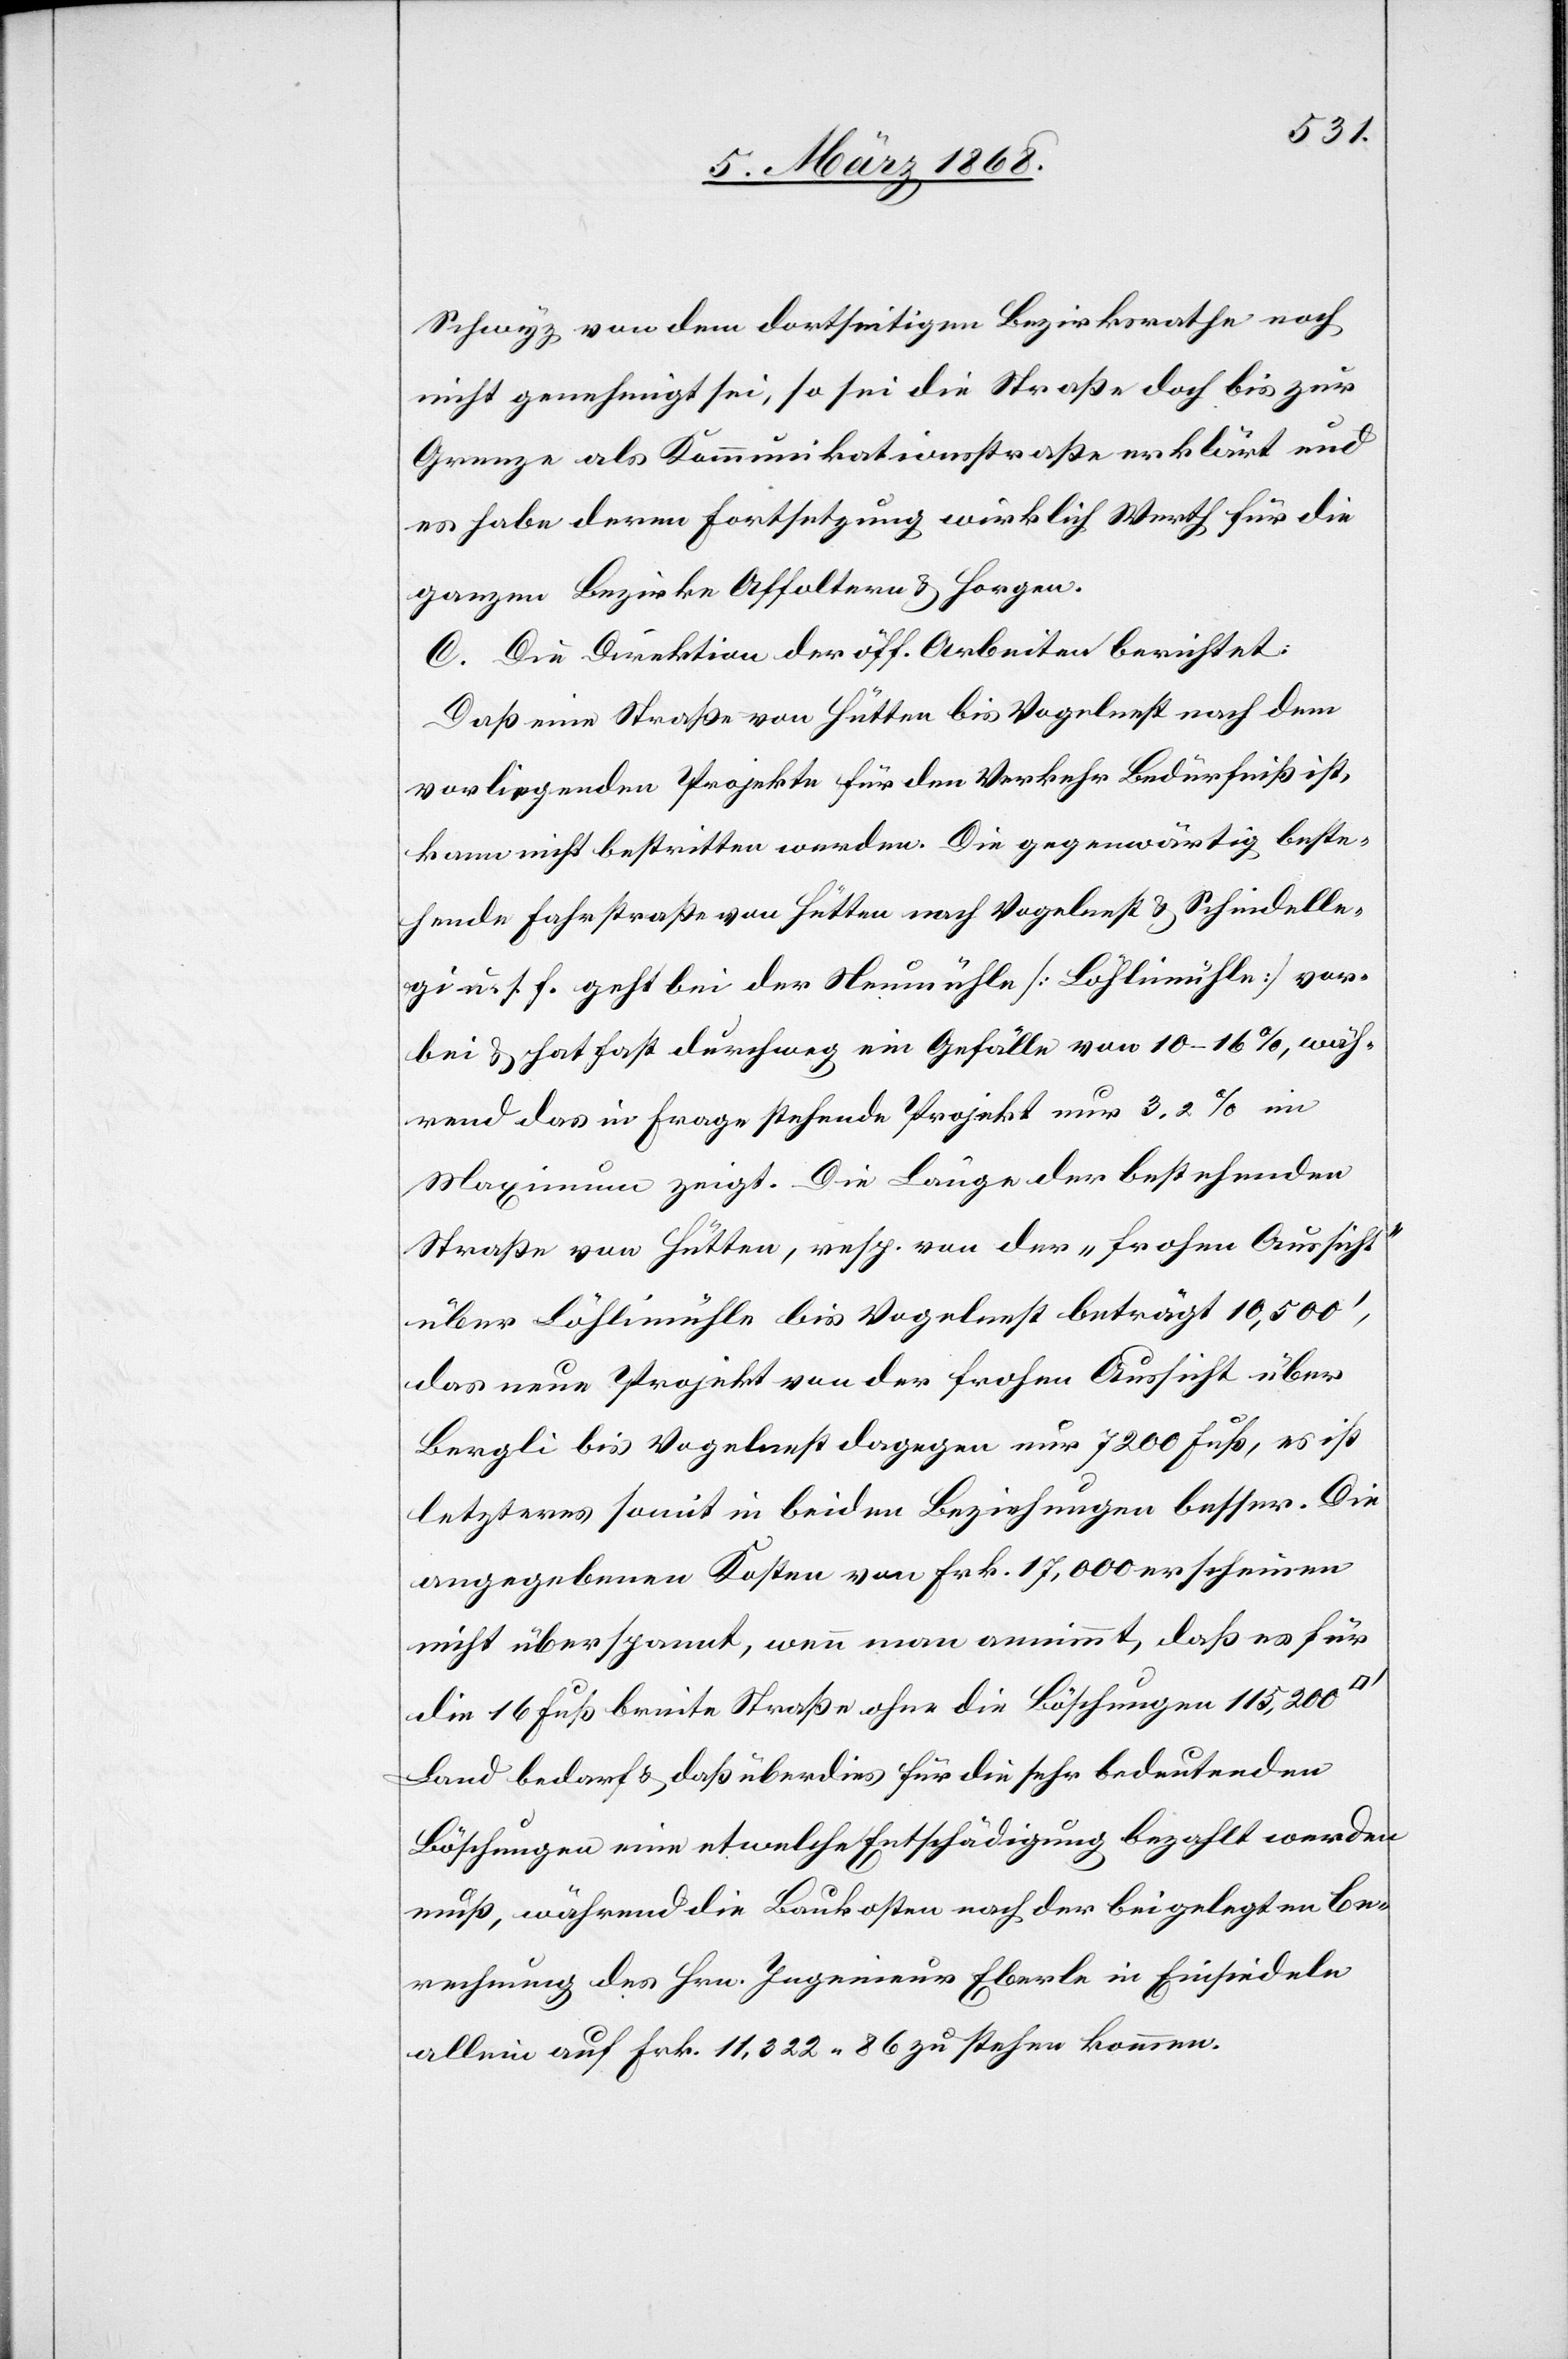
Schwyz von dem dortseitigen Bezirksrathe noch
nicht genehmigt sei, so sei die Straße doch bis zur
Grenze als Kommunikationsstraße erklärt und
es habe deren Fortsetzung wirklich Werth für die
ganzen Bezirke Affoltern & Horgen.
C. Die Direktion der öff. Arbeiten berichtet:
Daß eine Straße von Hütten bis Vogelnest nach dem
vorliegenden Projekte für den Verkehr Bedürfniß ist,
kann nicht bestritten werden. Die gegenwärtig beste¬
hende Fahrstraße von Hütten nach Vogelnest & Schindelle¬
gi u. s. f. geht bei der Neumühle [Löhlimühle] vor¬
bei & hat fast durchweg ein Gefälle von 10–16%, wäh¬
rend das in Frage stehende Projekt nur 3,2% im
Maximum zeigt. Die Länge der bestehenden
Straße von Hütten, resp. von der „frohen Aussicht“
über Löhlimühle bis Vogelnest beträgt 10,500‘,
das neue Projekt von der frohen Aussicht über
Bergli bis Vogelnest dagegen nur 7200 Fuß, es ist
letzteres somit in beiden Beziehungen besser. Die
angegebenen Kosten von Frk. 17,000 erscheinen
nicht überspannt, wenn man annimmt, daß es für
die 16 Fuß breite Straße ohne die Böschungen 115,200
Land bedarf & daß überdies für die sehr bedeutenden
Böschungen eine etwelche Entschädigung bezahlt werden
muß, während die Baukosten nach der beigelegten Be¬
rechnung des Hrn. Ingenieur Eberle in Einsiedeln
allein auf Frk. 11,322. 86 zu stehen kommen.